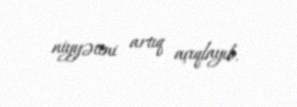
niyyətini artıq açıqlayıb.